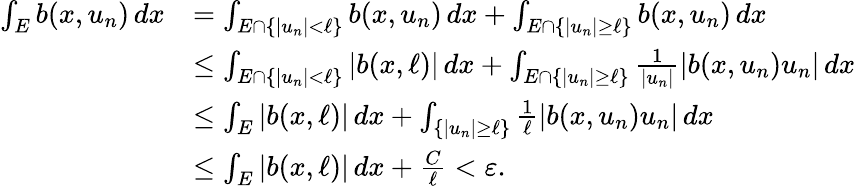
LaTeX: \begin{array}{rl}{\int_{E}b(x,u_{n})\, dx}&{=\int_{E\cap\{ |u_{n}|<\ell\} }b(x,u_{n})\, dx+\int_{E\cap\{ |u_{n}|\geq\ell\} }b(x,u_{n})\, dx}\\ &{\leq\int_{E\cap\{ |u_{n}|<\ell\} }|b(x,\ell)|\, dx+\int_{E\cap\{ |u_{n}|\geq\ell\} }\frac{1}{|u_{n}|}|b(x,u_{n})u_{n}|\, dx}\\ &{\leq\int_{E}|b(x,\ell)|\, dx+\int_{\{ |u_{n}|\geq\ell\} }\frac{1}{\ell}|b(x,u_{n})u_{n}|\, dx}\\ &{\leq\int_{E}|b(x,\ell)|\, dx+\frac{C}{\ell}<\varepsilon.}\end{array}